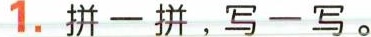
1. 拼一拼，写一写。